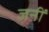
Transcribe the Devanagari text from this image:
जनीं